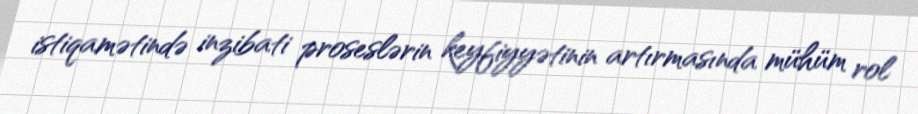
istiqamətində inzibati proseslərin keyfiyyətinin artırmasında mühüm rol